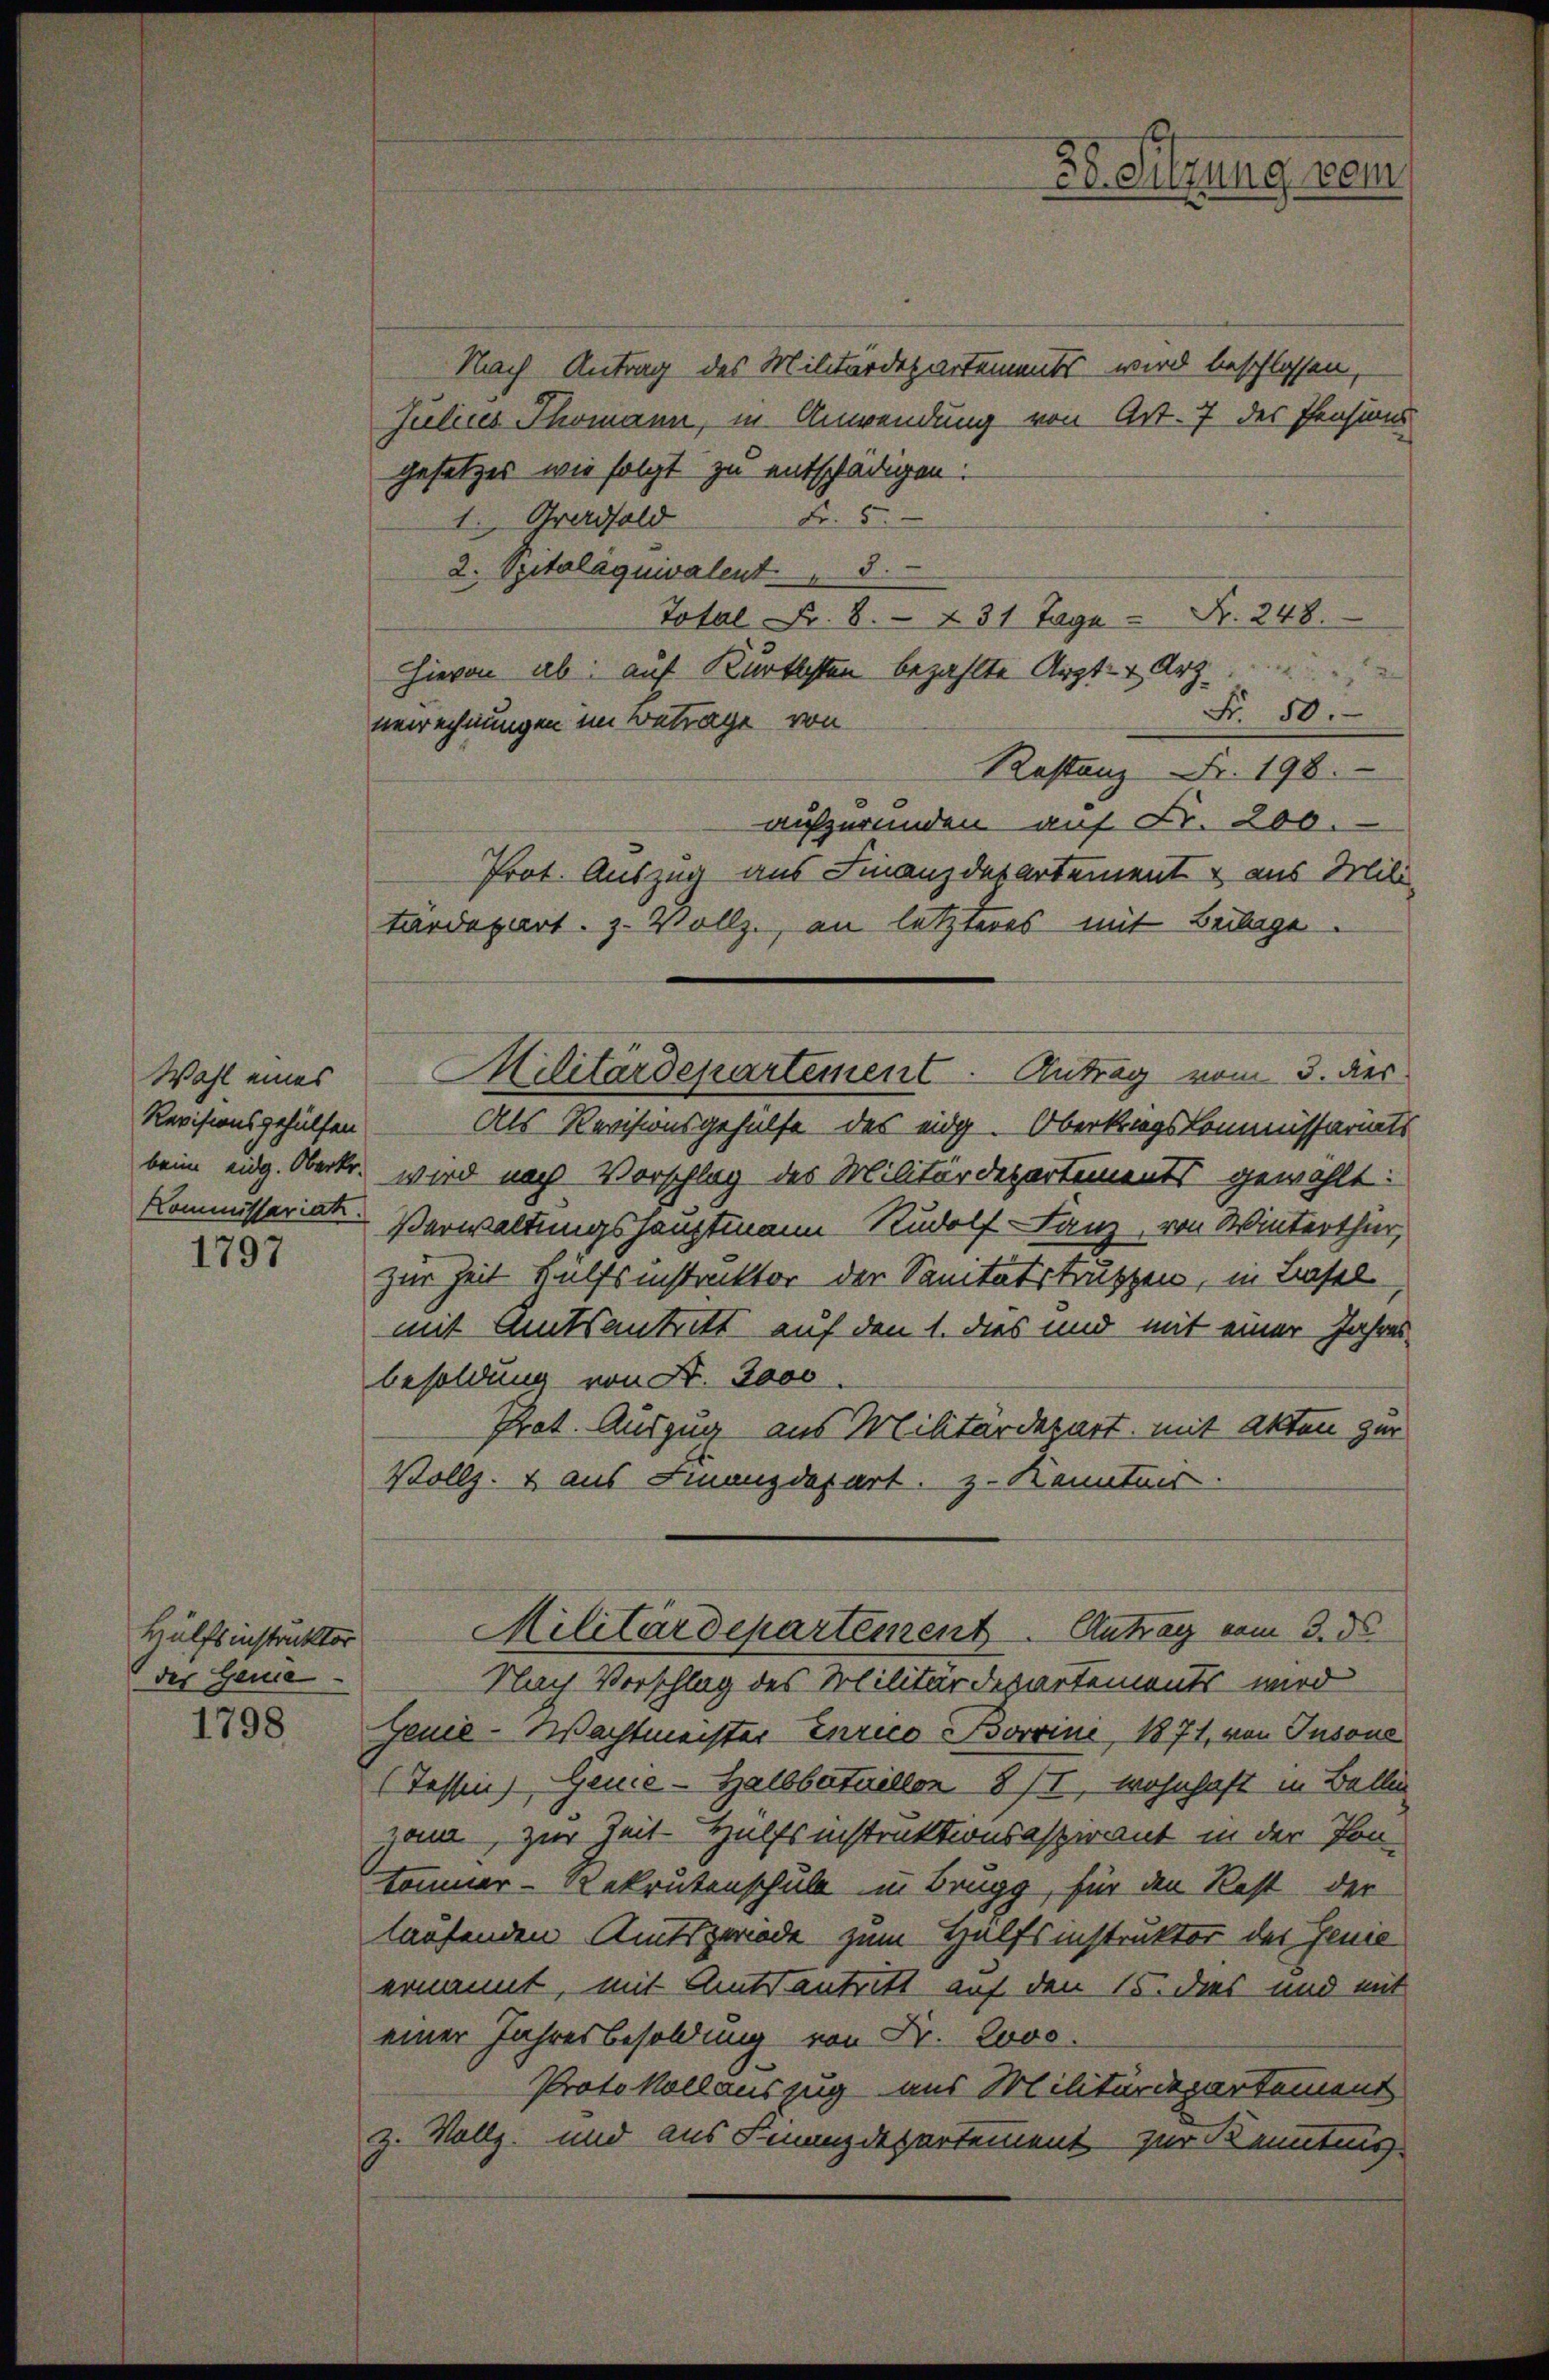
Wahl eines
Revisionsgehülfen
Kommissariat.

1797

Hülfsinstruktor
des Geme

1798

Nach Antrag des Militärdepartements wird beschlossen,
Julius Thomann, in Anwendung von Art. 7 des Pensions
gesetzes wie folgt zu entschädigen.
Fr. 5.
1. Gradsold
2. Spitalaquivalent 5.
Total Fr. 8. 231 Tage - Fr. 248.
Hievon ab: auf Kurtsten bezahlte Arzt- & Arz
Fr. 50.
uerrechnungen im Betrage von
Kastanz Fr. 198.
aufzurunden auf Fr. 200.
Prot. Auszug aus Finanzdepartement & aus Mili-
tardepart. 3. Vollz, an letzteres mit Beilage.
Als Revisionsgehülfe des eidg. Oberkragskommissariats
beim eidg. Obertr. wird nach Vorschlag des Militärdepartements gewählt:
Verwaltungshauptmann Rudolf Lanz, von Winterthur,
zur Zeit Hülfsinstruktor der Sanitätstruppen, in Basel
mit Amtsantritt auf den 1. dies und mit einer Jahresbesoldung von S. 3000.
Prat. Auszug aus Militärdepart, mit Akten zur
Vollz. & aus Finanzdepart. Z. Kenntnis
Militärdepartement Antrag vom 3. ds
Nach Vorschlag des Militärdepartements wird
Zeuee-Wachtmeister Errico Borrini, 1871, von Insons
(Tessin, Gene-Halbbataillon 8 II, wohnhaft in Ballen
zona, zur Zeit Hülfsinstruktionsaspirant in der Pon-
tommer-Rekrutenschuld in Brugg, für den Rest der
laufenden Amtsgeriede zum Hülfsinstruktor des Genie
ernannt, mit Amtsantritt auf den 15. dies und mit
einer Jahresbesoldung von Fr. Lovo
Protokollauszug aus Militärdepartement
z. Vollz, und aus Finanzdepartement zur Kenntnis

MSitärdepartement Antrag vom 3. der

30. Sitzung vom